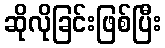
ဆိုလိုခြင်းဖြစ်ပြီး